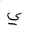
Letter: _ya